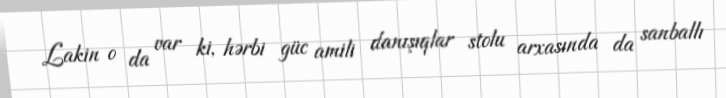
Lakin o da var ki, hərbi güc amili danışıqlar stolu arxasında da sanballı